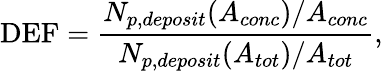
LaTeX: \mathrm{DEF}=\frac{N_{p,deposit}(A_{conc})/A_{conc}}{N_{p,deposit}(A_{tot})/A_{tot}},